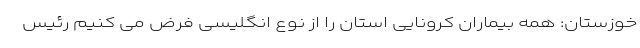
خوزستان: همه بیماران کرونایی استان را از نوع انگلیسی فرض می کنیم رئیس